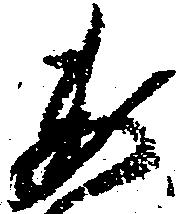
委